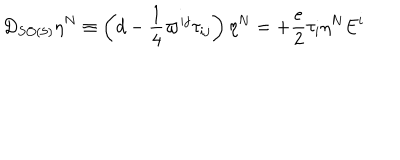
D _ { S O ( 5 ) } \eta ^ { N } \equiv \left( d - \frac { 1 } { 4 } \varpi ^ { i j } \tau _ { i j } \right) \eta ^ { N } = + \frac { e } { 2 } \tau _ { i } \eta ^ { N } E ^ { i }